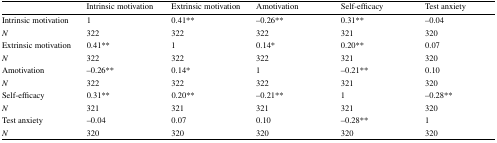
|  | Intrinsic motivation | Extrinsic motivation | Amotivation | Self-efficacy | Test anxiety |
 | --- | --- | --- | --- | --- | --- |
 | Intrinsic motivation | 1 | 0.41** | −0.26** | 0.31** | −0.04 |
 | N | 322 | 322 | 322 | 321 | 320 |
 | Extrinsic motivation | 0.41** | 1 | 0.14* | 0.20** | 0.07 |
 | N | 322 | 322 | 322 | 321 | 320 |
 | Amotivation | −0.26** | 0.14* | 1 | −0.21** | 0.10 |
 | N | 322 | 322 | 322 | 321 | 320 |
 | Self-efficacy | 0.31** | 0.20** | −0.21** | 1 | −0.28** |
 | N | 321 | 321 | 321 | 321 | 320 |
 | Test anxiety | −0.04 | 0.07 | 0.10 | −0.28** | 1 |
 | N | 320 | 320 | 320 | 320 | 320 |